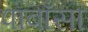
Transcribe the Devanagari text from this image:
पाबाँसा